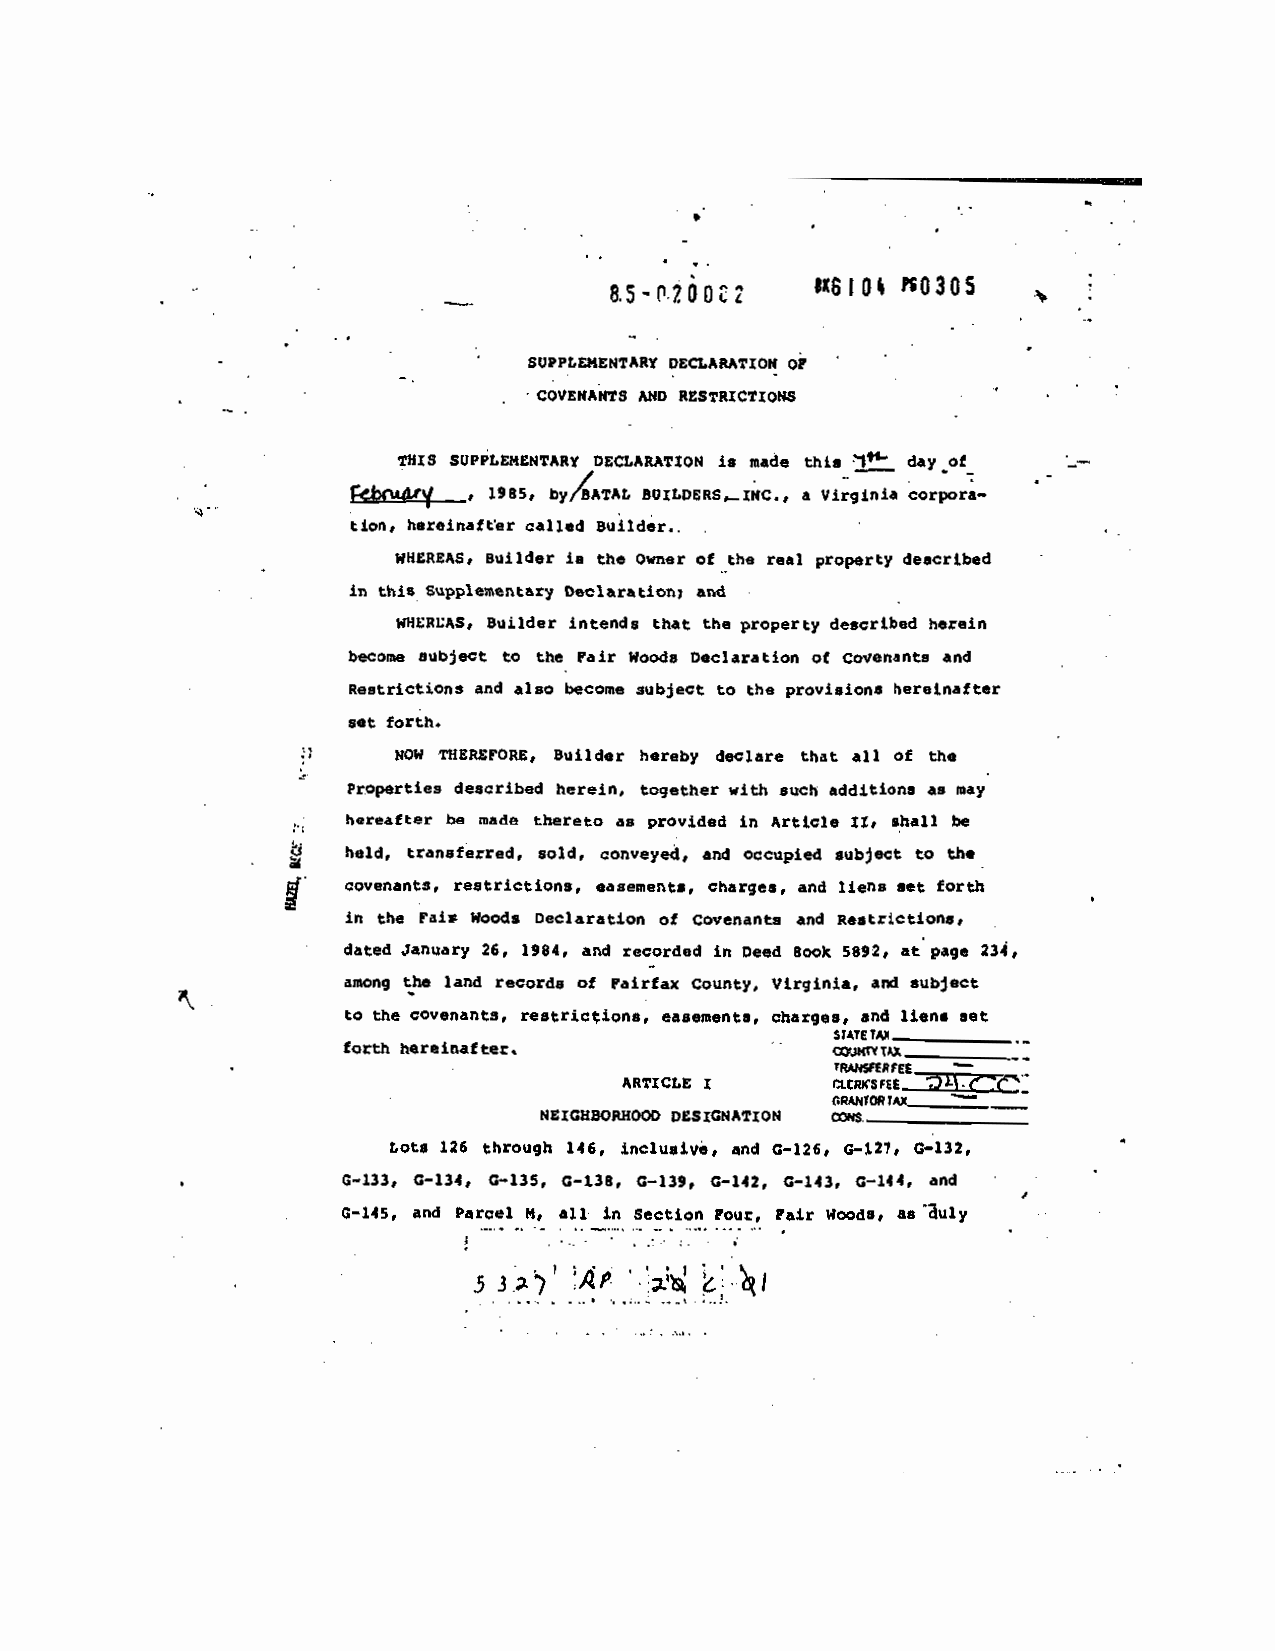
U610% O3Q5
 as-ftZOUCZ
 SUPPT,EI4ENTARY DEaARATIOK OF
 COVENAIITS MD RESTRICTIONS
 This SUPPLEIatITARY DECLARATION is made thisi! day _of
 ___________ flB5, by/4ATAL BUILDERS._INC., a Virginia corpora-
 tion, hereinafter called Builder...
 WhEREAS, s'jilder La the Owner of the teal property described
 in this Supplementary Declaration; and
 WHEREAS, Builder intends that the property described herein
 become subject to the Fair Woods Declaration of Covenants and
 Restrictions and also become subject to the provisions hereinafter
 set forth.
 U     NOW THERSFORE, Builder hereby declare that all of the
 properties described herein, together with such additions as May
 in Article It, shall be
 hereafter be zuade thereto as
 provided
 held, transferred, sold, and occupied subject to the
 conveyed,
 restrictions, easenents, charges, and liens set forth
 covenants,
 in the Fais Woods Declaration of Covenant. and Restrictions,
 dated January 26, 1984, and recorded in Deed Book 5892, at page 234,
 among the land records of rairfax County, Virginia, and subject
 to the covenants, restri.aflons, easements, charges, sadheat set
 SlATE TAX _________________--
 forth hereinafter.           -
 TRMISnRFEE —
 ARTICLE I     IICWQSFEE____________
 GIV7AX_________
 NEIGHBORHOOD DESIGNATION I$.
 Lots 126 through 146. inclusivi, and G—126, c—Lu, G.132,
 0—133, G—134, G—135, 0—1.38, C—laS, G—142, C—143, G—144, and
 0—145, and Parcel N, all in Section Four, Fair Woods, as auly
 .p.    .  :j
 53))